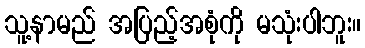
သူ့နာမည် အပြည့်အစုံကို မသုံးပါဘူး။